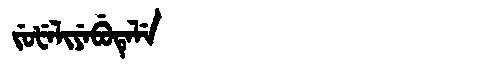
Manchu: ᠵᡠᡶᡝᠯᡳᠶᡝᠪᡠᡨᡝᠯᡝ
Romanization: JUFELIYEBUTELE